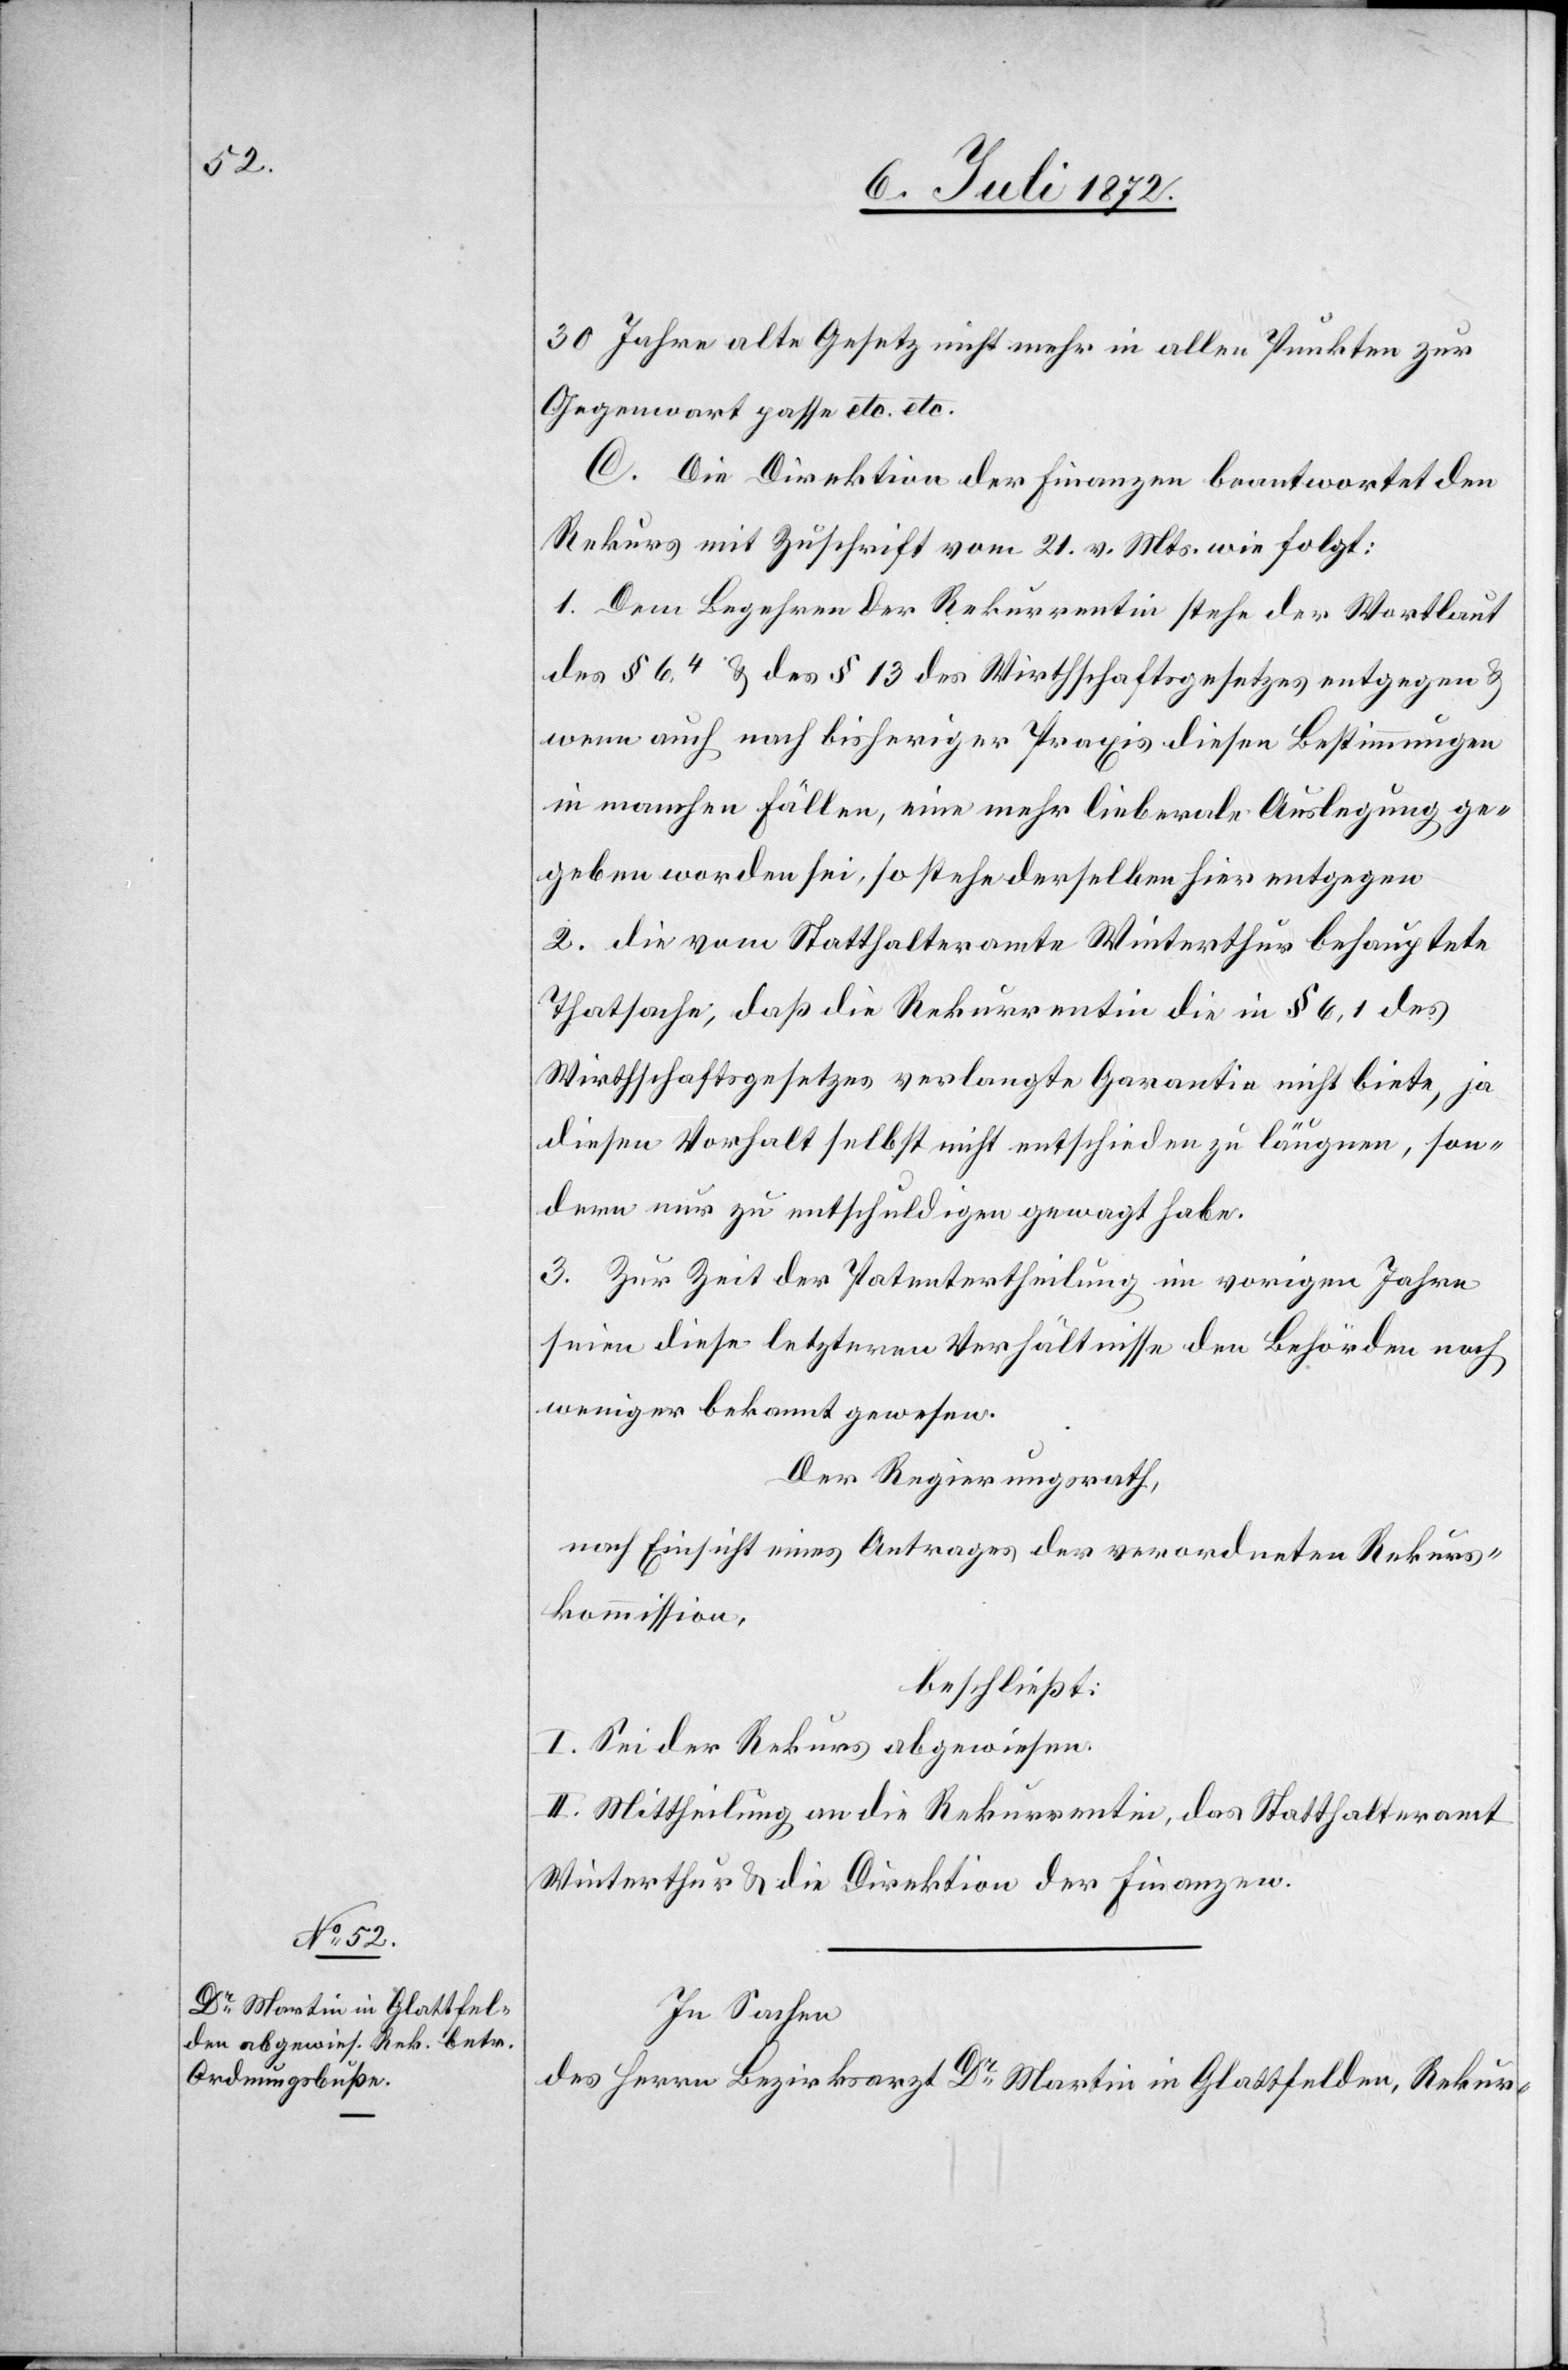
30 Jahre alte Gesetz nicht mehr in allen Punkten zur
Gegenwart passe etc. etc.
C. Die Direktion der Finanzen beantwortet den
Rekurs mit Zuschrift vom 21. v. Mts. wie folgt:
1. Dem Begehren der Rekurrentin stehe der Wortlaut
des § 6,4 u. des § 13 des Wirthschaftsgesetzes entgegen u.
wenn auch nach bisheriger Praxis diesen Bestimmungen
in manchen Fällen, eine mehr lieberale [sic!] Auslegung ge¬
geben worden sei, so stehe derselbe hier entgegen[.]
2. die vom Statthalteramte Winterthur behauptete
Thatsache, daß die Rekurrentin die in § 6,1 des
Wirthschaftsgesetzes verlangte Garantie nicht biete, ja
diesen Vorhalt selbst nicht entschieden zu läugnen, son¬
dern nur zu entschuldigen gewagt habe.
3. Zur Zeit der Patentertheilung im vorigen Jahre
seien diese letzteren Verhältnisse den Behörden noch
weniger bekannt gewesen.
Der Regierungsrath,
nach Einsicht eines Antrages der verordneten Rekurs¬
kommission,
beschließt:
I. Sei der Rekurs abgewiesen.
II. Mittheilung an die Rekurrentin, das Statthalteramt
Winterthur u. die Direktion der Finanzen.
In Sachen
des Herrn Bezirksarzt Dr Martin in Glattfelden, Rekur-